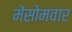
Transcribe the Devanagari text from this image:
मेंसोमवार